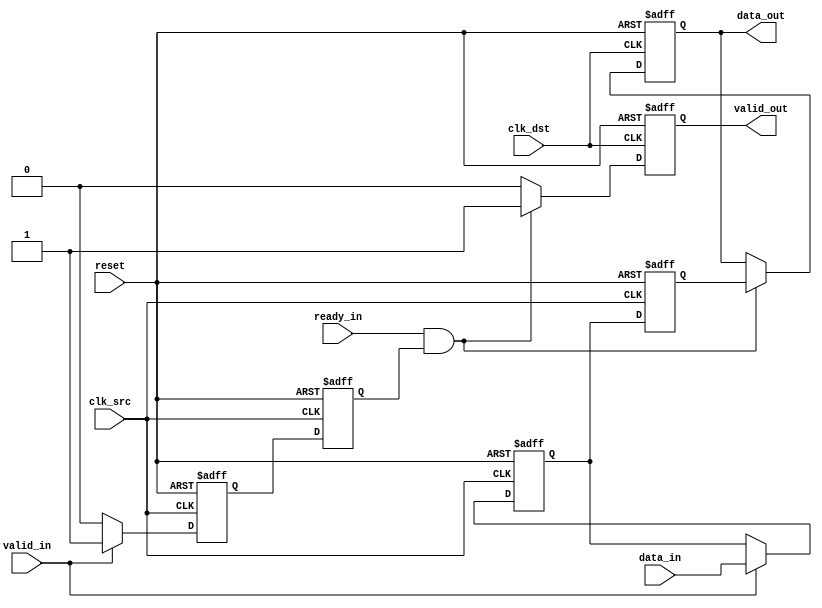
module MemoryBlocksPipelineSynchronizer #(
    parameter DATA_WIDTH = 32,         // Width of the data
    parameter NUM_STAGES = 2           // Number of pipeline stages
)(
    input  wire                     clk_src,        // Source clock
    input  wire                     clk_dst,        // Destination clock
    input  wire                     reset,          // Asynchronous reset
    input  wire [DATA_WIDTH-1:0]   data_in,        // Data input from source clock domain
    input  wire                     valid_in,       // Valid signal from source clock domain
    output reg [DATA_WIDTH-1:0]    data_out,       // Synchronized data output to destination clock domain
    output reg                     valid_out,      // Valid signal to destination clock domain
    input  wire                     ready_in        // Ready signal from destination clock domain
);

// Pipeline registers
reg [DATA_WIDTH-1:0] data_pipeline [0:NUM_STAGES-1];
reg valid_pipeline [0:NUM_STAGES-1];

// Synchronization Logic
always @(posedge clk_src or posedge reset) begin
    if (reset) begin
        // Reset pipeline
        data_pipeline[0] <= 0;
        valid_pipeline[0] <= 0;
    end else begin
        // First stage: Capture data from source clock domain
        if (valid_in) begin
            data_pipeline[0] <= data_in;
            valid_pipeline[0] <= 1;
        end else begin
            valid_pipeline[0] <= 0;
        end
    end
end

// Additional pipeline stages
genvar i;
generate
    for (i = 1; i < NUM_STAGES; i = i + 1) begin : pipeline_stages
        always @(posedge clk_src or posedge reset) begin
            if (reset) begin
                data_pipeline[i] <= 0;
                valid_pipeline[i] <= 0;
            end else begin
                data_pipeline[i] <= data_pipeline[i-1];
                valid_pipeline[i] <= valid_pipeline[i-1];
            end
        end
    end
endgenerate

// Handshaking and output logic
always @(posedge clk_dst or posedge reset) begin
    if (reset) begin
        data_out <= 0;
        valid_out <= 0;
    end else begin
        // Check if data is ready to be sent
        if (ready_in && valid_pipeline[NUM_STAGES-1]) begin
            data_out <= data_pipeline[NUM_STAGES-1];
            valid_out <= 1;
        end else if (valid_out) begin
            valid_out <= 0; // Clear valid if not ready
        end
    end
end

endmodule